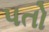
પતો